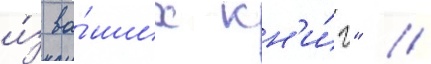
и́з ва́ших кн'и́г" //